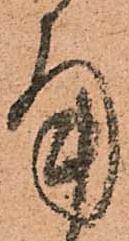
角